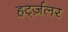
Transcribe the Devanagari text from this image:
हर्ट्ज़लर